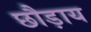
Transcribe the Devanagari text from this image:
छौड़ाय